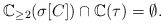
\begin{align*}\mathbb{C}_{\geq 2}(\sigma[C])\cap\mathbb{C}(\tau)=\emptyset. \end{align*}